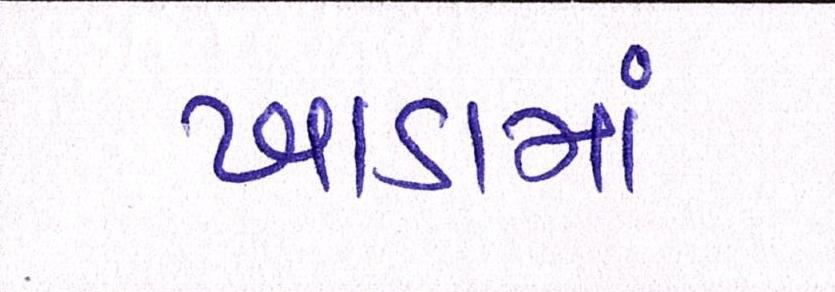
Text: ખાડામાં